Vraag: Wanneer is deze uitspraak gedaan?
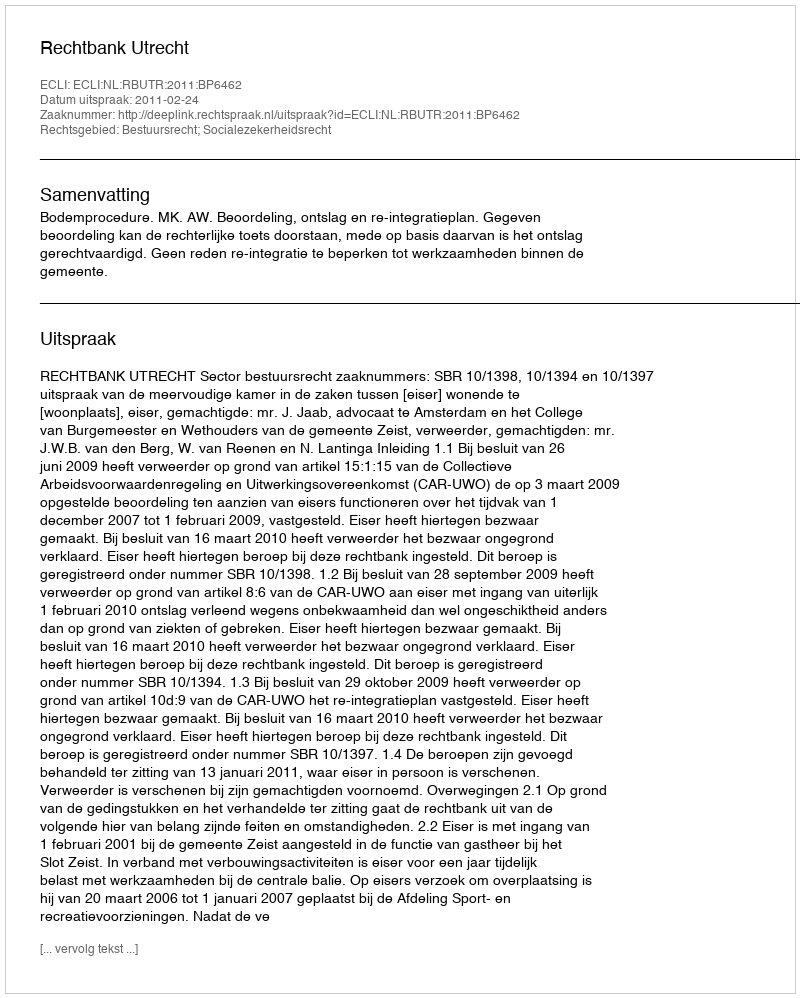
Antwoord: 2011-02-24